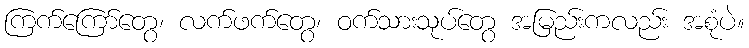
ကြက်ကြော်တွေ၊ လက်ဖက်တွေ၊ ဝက်သားသုပ်တွေ အမြည်းကလည်း အစုံပဲ။